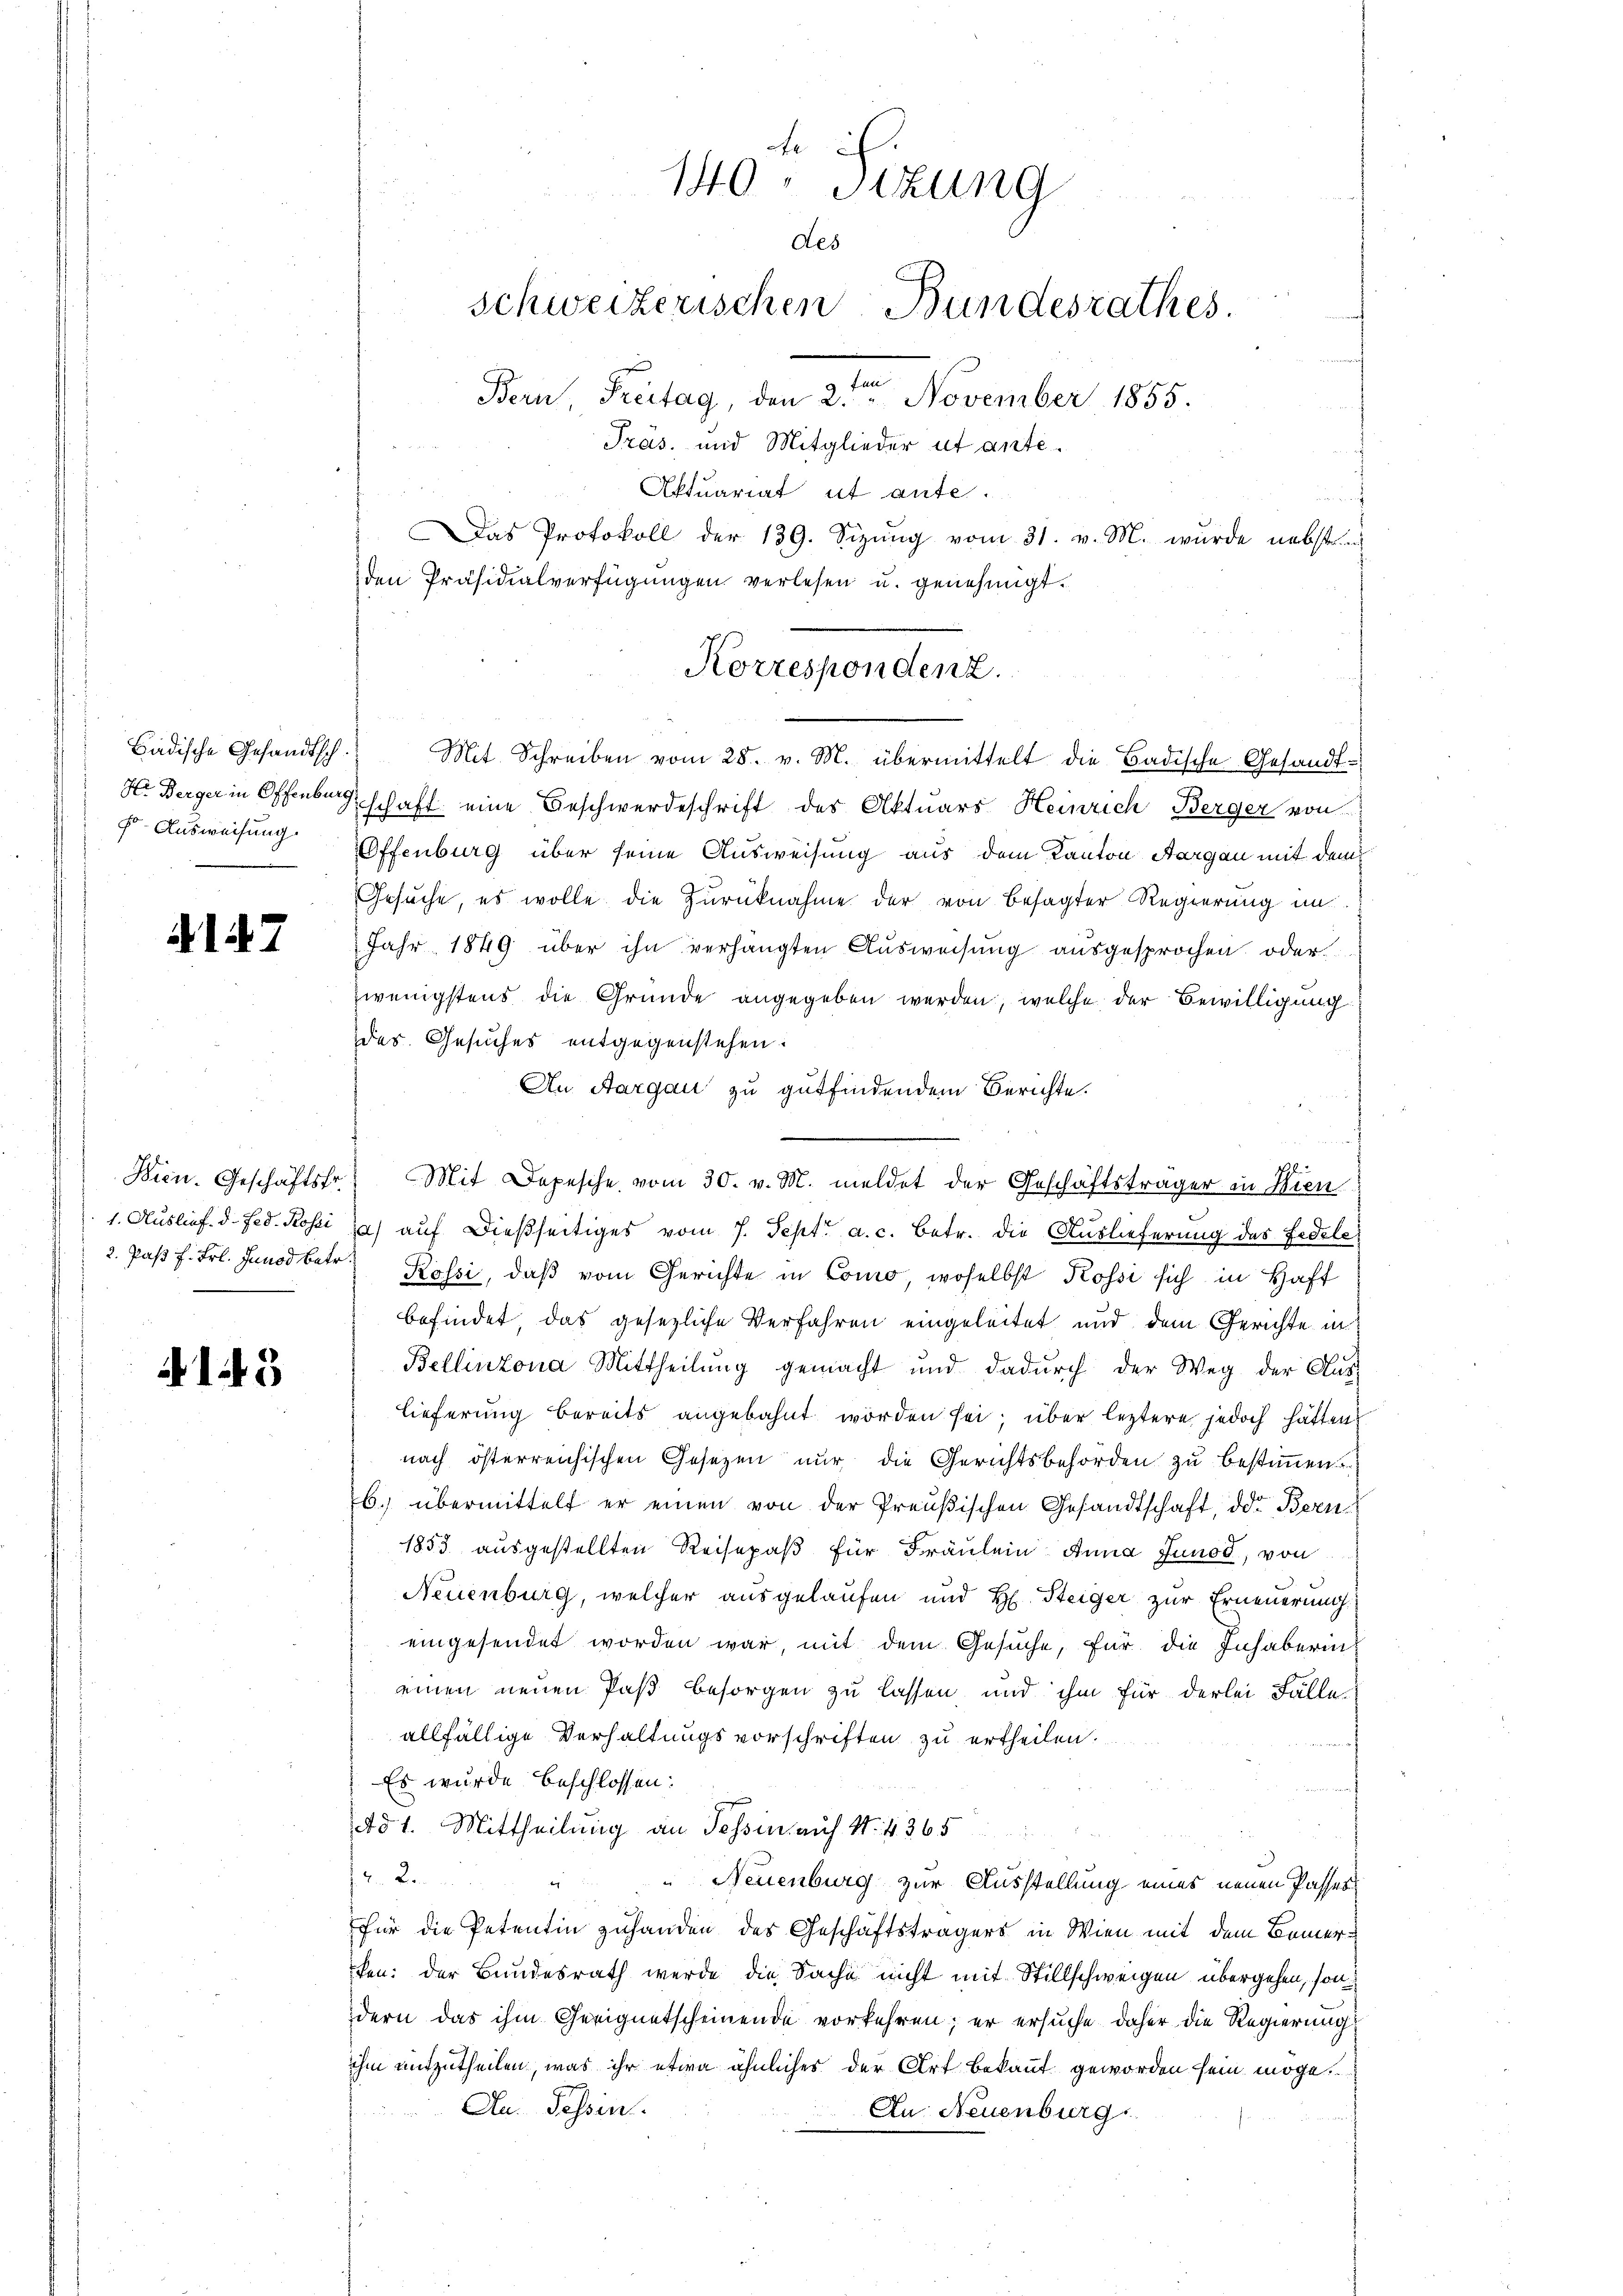
f Ausweisung.

A147

Bien. Geschäftsfr.
1. Auslief. d. Jed. Rosei

143

140. Sizung
des
schweizerischen Bundesrathes.
fun
Bern, Freitag, den 2. November 1855.
Pras. und Mitglieder ut ante¬

Aktuariat it ante.
Badische Gesandtsch. Mit Schreiben vom 28. v. M. übermittelt die Badische Gesandt¬
H. Berger in Offenbeschaft eine Beschwerdeschrift des Aktuars Heinrich Berger von
Offenburg über seine Ausweisung aus dem Kanton Aargau mit dem
Gesuche, es wolle die Zurücknahme der von besagter Regierung im
Jahr 1849 über ihn verhängten Ausweisung ausgesprochen oder
zwenigstens die Gründe angegeben werden, welche der Bewilligung
des Gesuches entgegenstehen:
An Aargau zu gutfindendem Berichte.
Mit Depesche vom 30. v. M. meldet der Geschäftsträger in Kien
t
a) auf dießseitiges vom 7. Sept. a. c. betr. die Auslieferung des Fidele
2. Paβ f. Frl. Junod betr. Kössi, daß vom Gerichte in Como, woselbst Kossi sich in Haft
befindet, das gesetzliche Verfahren eingeleitet und dem Gerichte in
Bellinzona Mittheilung gemacht und dadurch der Weg der Aus-
lieferung bereits angebahnt worden sei; über leztere jedoch hätten
nach österreichischen Gesezen nur die Gerichtsbehörden zu bestimmen
b. übermittelt er einen von der Preußischen Gesandtschaft, der Bern
1853 ausgestellten Reisepaß für Fräulein Anna Junod, von
Neuenburg, welcher ausgelaufen und H. Steiger zur Erneuerung.
eingesendet worden war, mit dem Gesuche, für die Inhaberineinen neuen Paß besorgen zu lassen und ihm für derlei Fälle
allfällige Verhaltungsvorschriften zu ertheilen.
Es wurde beschlossen:
dd 1. Mittheilung an Tessin auf 1. 4365
h. Bern an de
 Neuenburg zur Ausstellung eines neuen Passes
für die Petentin zuhanden des Geschäftsträgers in Wien mit dem Bemerken: der Bundesrath werde die Sache nicht mit Stillschweigen übergehen, sondern das ihm Geeignetscheinende vorkehren; er ersuche daher die Regierung
ihm mitzutheilen, was ihr etwa ähnliches der Art bekannt geworden sein möge.
An. Tessin
Au Neuenburg

as Protokoll der 139. Sizŭng vom 31. v. M. wurde nebst
den Präsidialverfügungen verlesen u. genehmigt.
Korrespondenz.